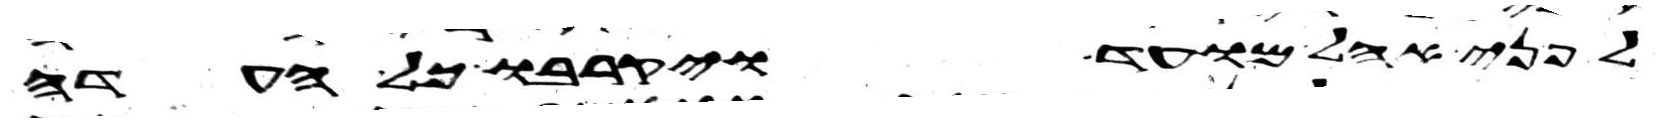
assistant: פני אהל מועד ויקרבו כל העדה